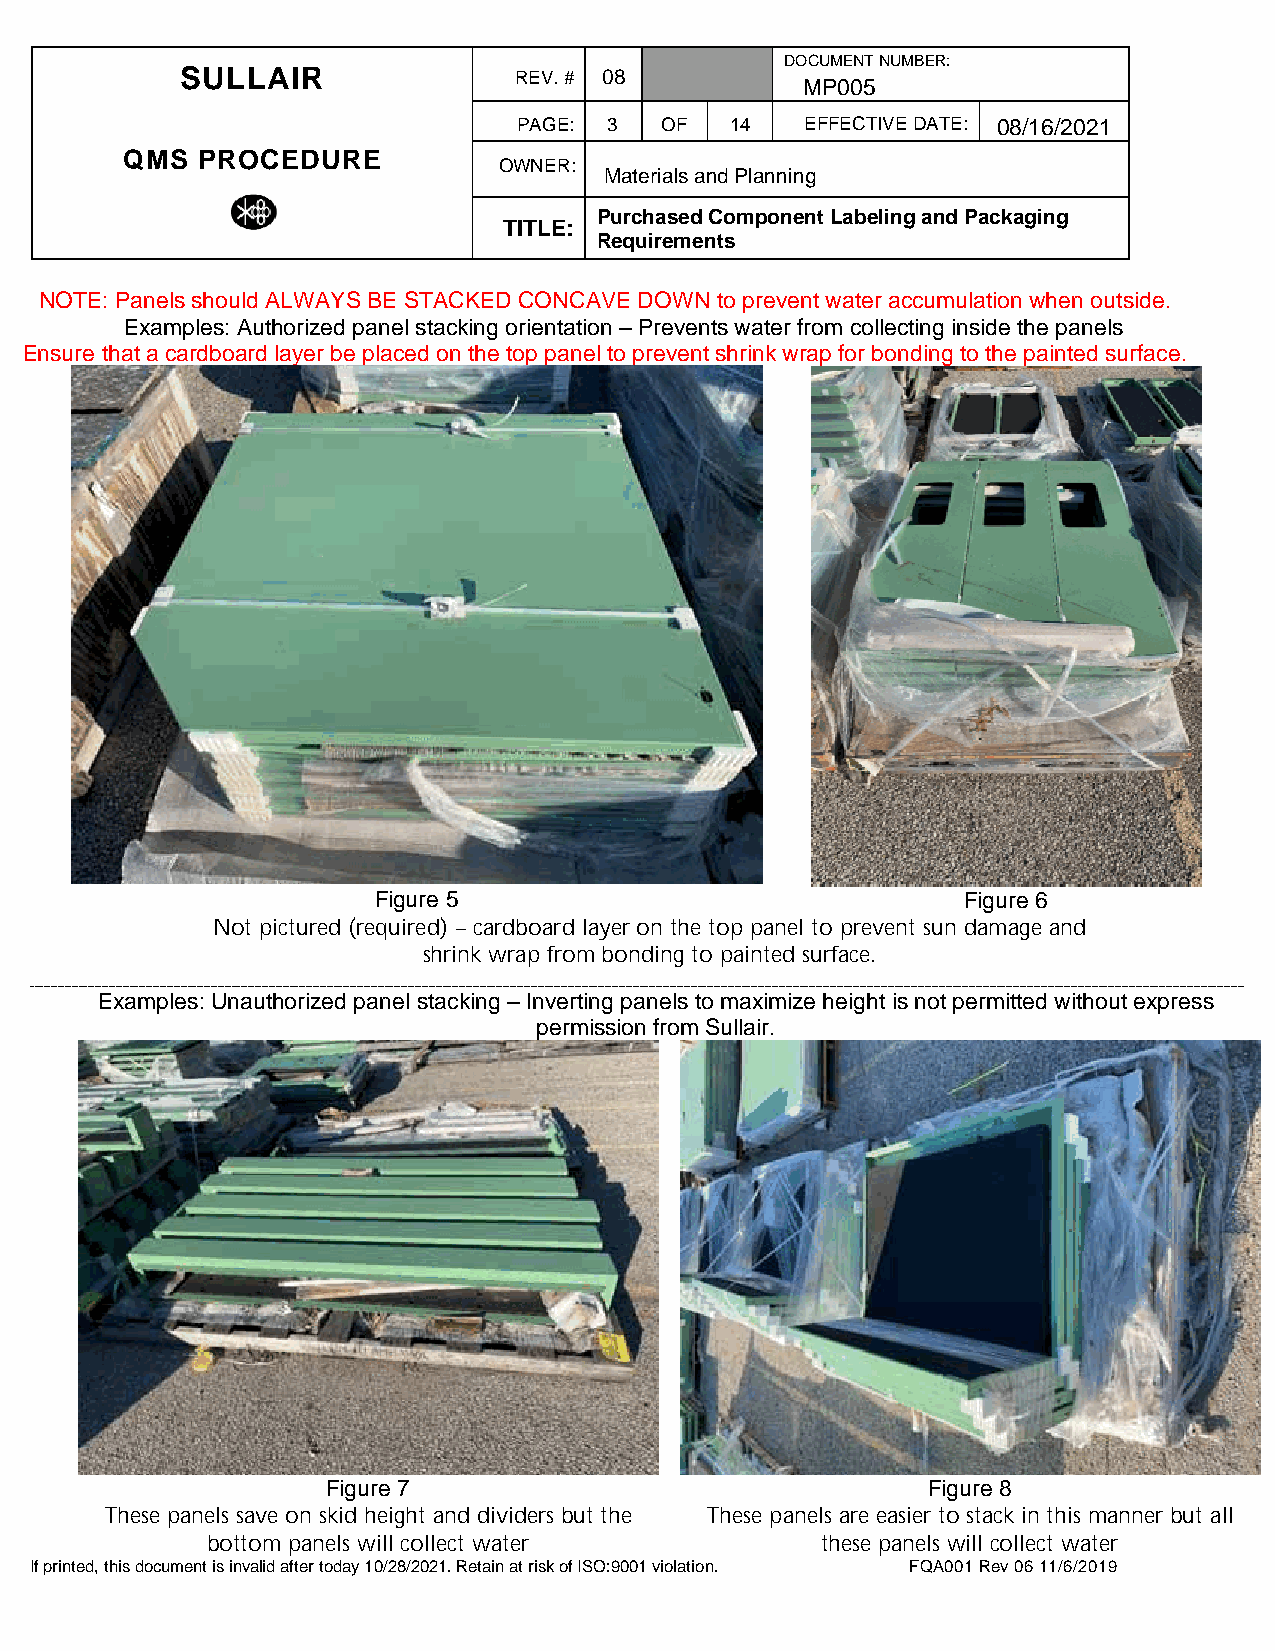
DOCUMENT NUMBER:
 SULLAIR               REV. # 08
 MP005
 PAGE: 3   OF  14   EFFECTIVE DATE: 08/16/2021
 QMS  PROCEDURE
 OWNER:
 Materials and Planning
 Purchased Component Labeling and Packaging
 TITLE:
 Requirements
 NOTE: Panels should ALWAYS BE STACKED CONCAVE DOWN to prevent water accumulation when outside.
 Examples: Authorized panel stacking orientation – Prevents water from collecting inside the panels
 Ensure that a cardboard layer be placed on the top panel to prevent shrink wrap for bonding to the painted surface.
 Figure 5                               Figure 6
 Not pictured (required) – cardboard layer on the top panel to prevent sun damage and
 shrink wrap from bonding to painted surface.
 _________________________________________________________________________________________________________________________________________________________________________________________________________________________________________________________ ___________________________________________________________________________________________________________________________________________________________________________________________________________________________________________________________________________________
 Examples: Unauthorized panel stacking – Inverting panels to maximize height is not permitted without express
 permission from Sullair.
 Figure 7                               Figure 8
 These panels save on skid height and dividers but the These panels are easier to stack in this manner but all
 bottom panels will collect water        these panels will collect water
 If printed, this document is invalid after today 10/28/2021. Retain at risk of ISO:9001 violation. FQA001 Rev 06 11/6/2019